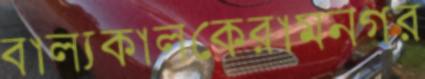
বাল্যকালকেরামনগর